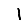
Digit: 1